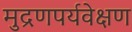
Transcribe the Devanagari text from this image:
मुद्रणपर्यवेक्षण